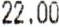
22.00